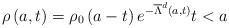
LaTeX: \begin{align*}\rho \left( a,t\right) =\rho _{0}\left( a-t\right) e^{-\overline{\Lambda }^{d}\left( a,t\right) }t<a \end{align*}